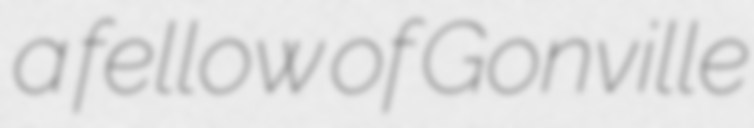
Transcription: a fellow of Gonville